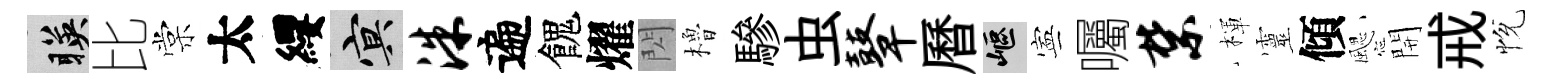
暎比棠太纓冥洙遍餽燿閃櫓驂虫鼙曆嶇寕囑禁楎靈傾颸開戒恱